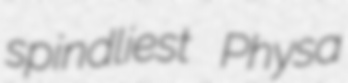
spindliest Physa